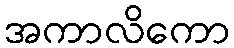
အကာလိကော